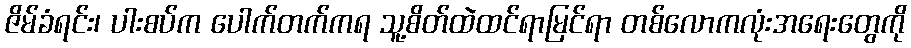
ဇိမ်ခံရင်း၊ ပါးစပ်က ပေါက်တက်ကရ သူ့စိတ်ထဲထင်ရာမြင်ရာ တစ်လောကလုံးအရေးတွေကို